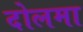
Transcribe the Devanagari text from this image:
दोलमा